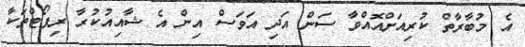
އެ މުބާރާތް ކުރިއަށްއޮއްވާ ސަން އަދި އަވަސް އިން އެ ޝާއިއުކުރާ ރިޕޯޓްތަކާ